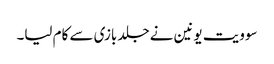
سوویت یونین نے جلد بازی سے کام لیا۔